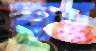
বাহ